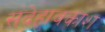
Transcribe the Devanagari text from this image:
संदेहावकाश